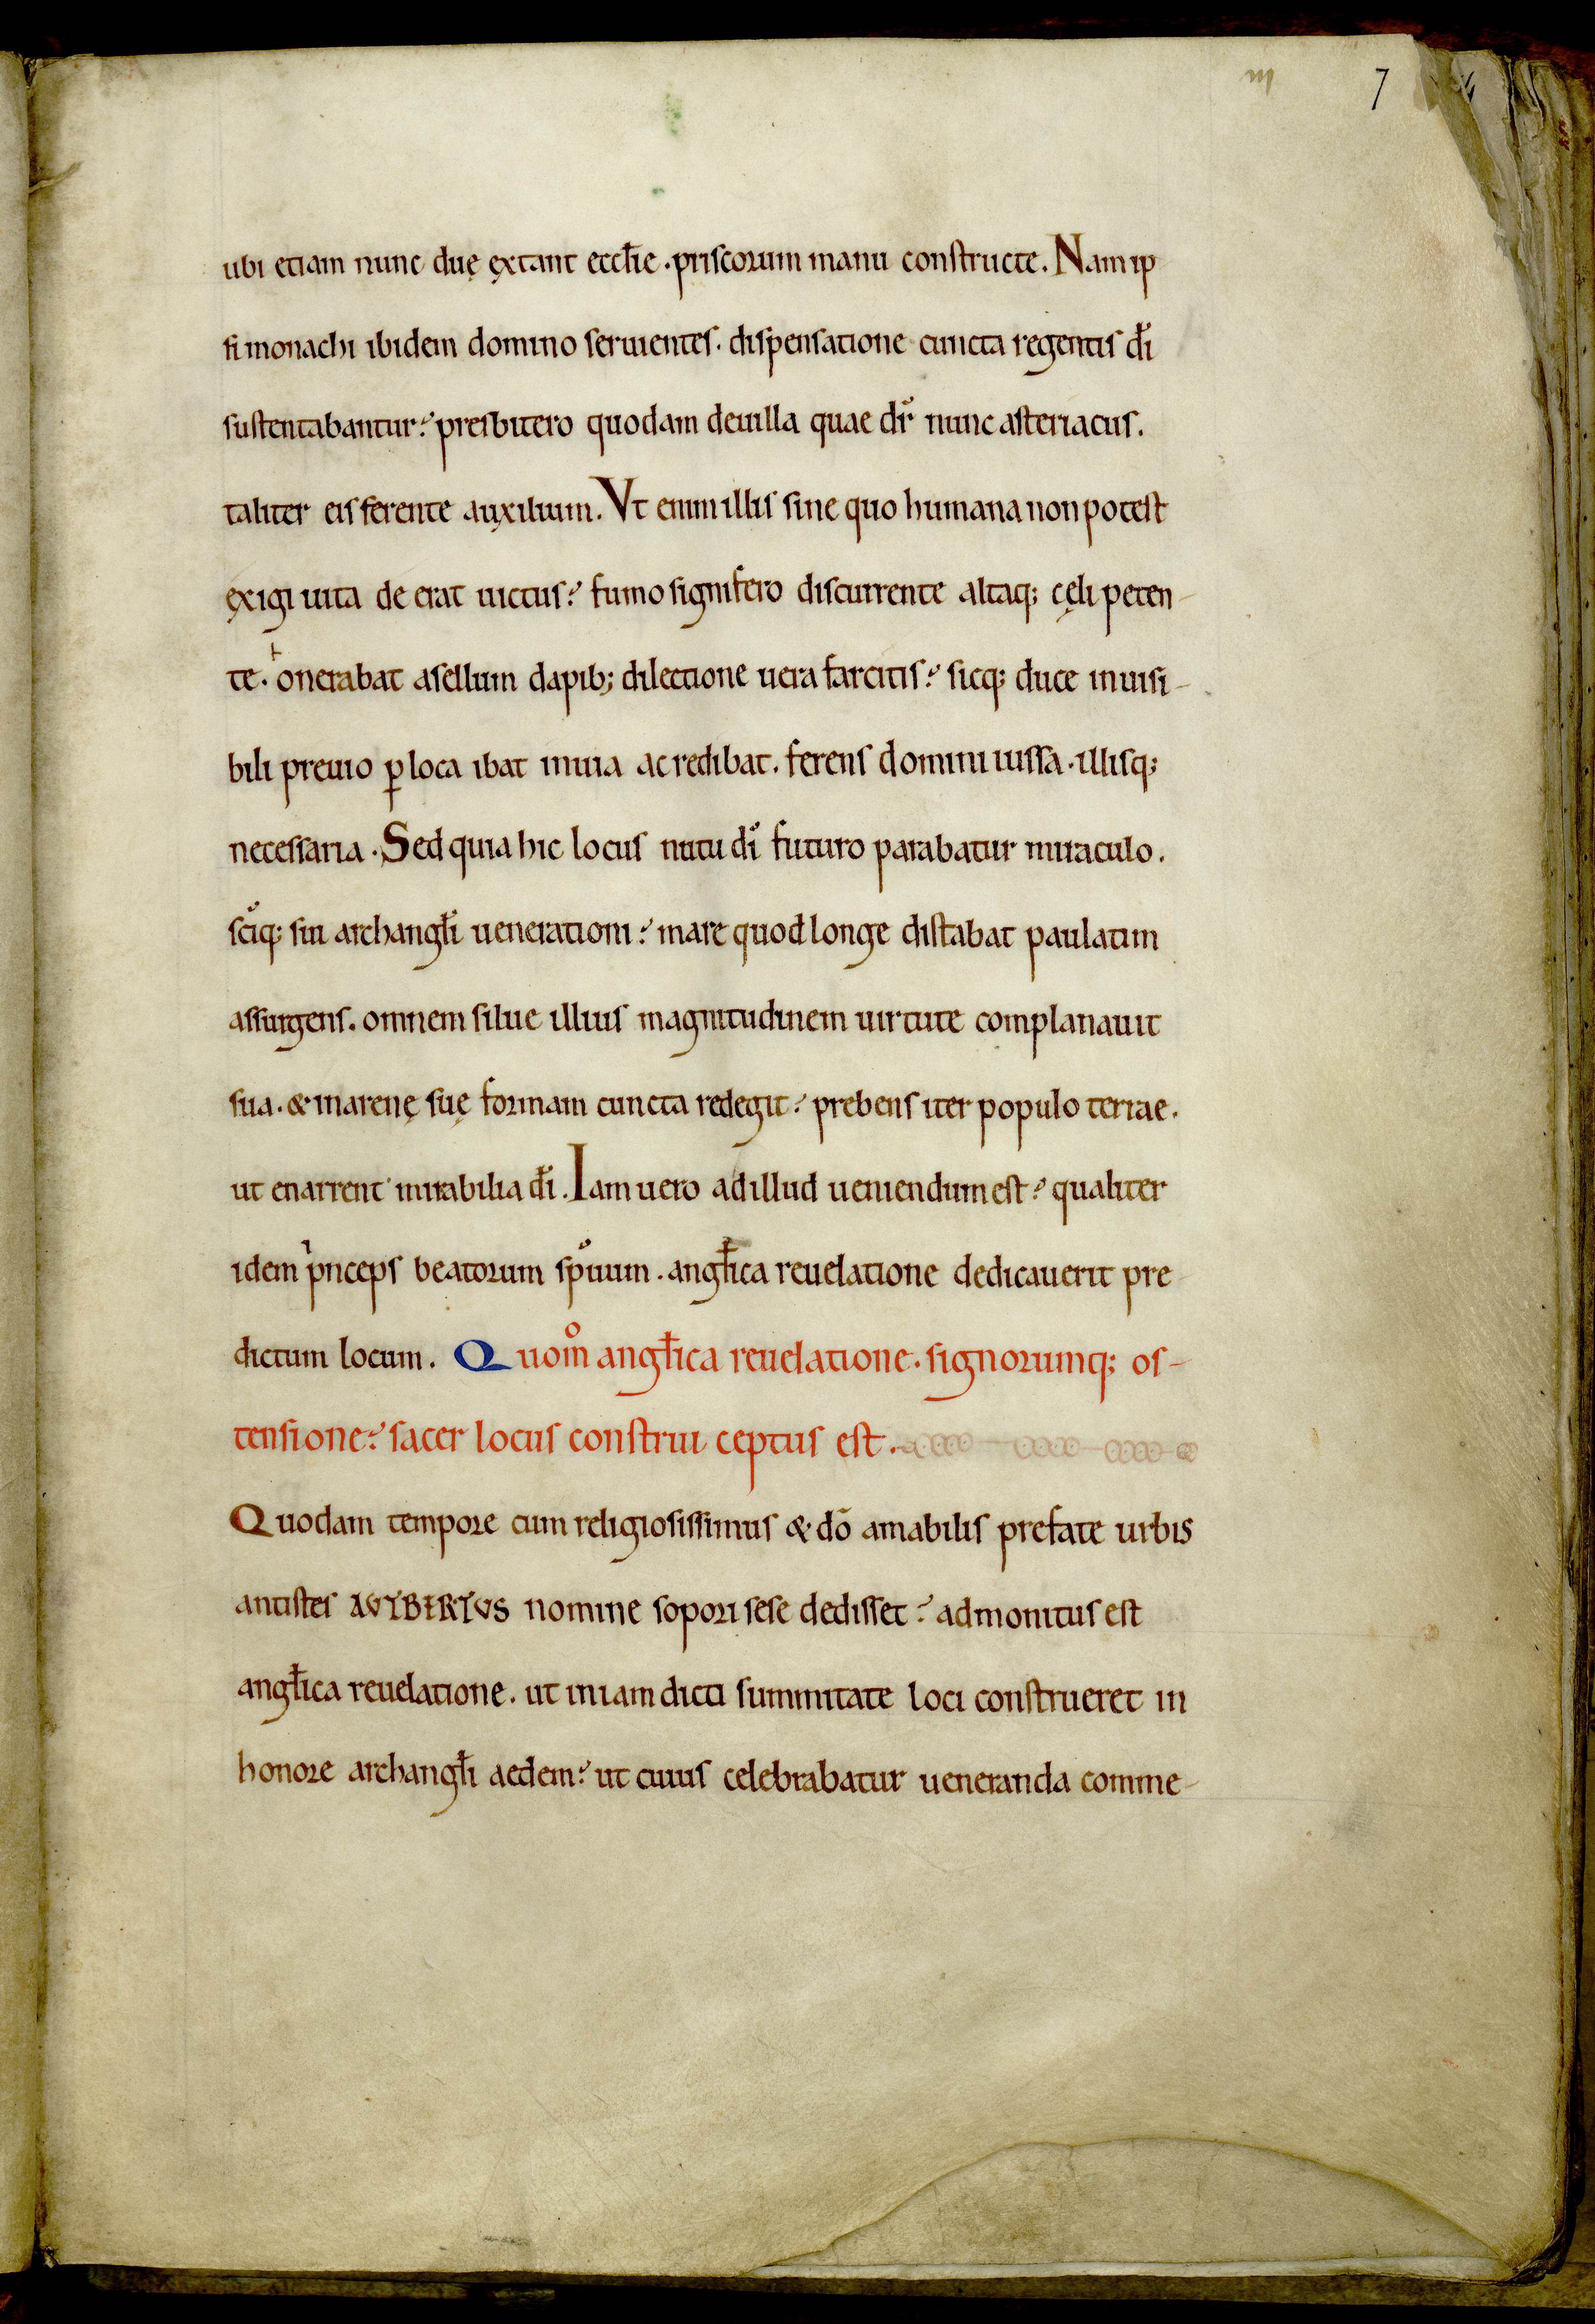
Shelfmark: Avranches, Bibliothèque municipale, 0210
Century: 12